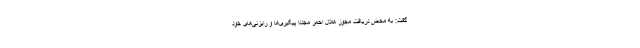
گفت: به محض دریافت مجوز هلال احمر مجددا پیگیری‌ها و رایزنی‌های خود